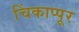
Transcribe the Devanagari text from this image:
चिंकाप्पूर